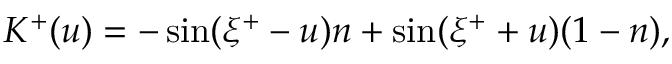
K ^ { + } ( u ) = - \sin ( \xi ^ { + } - u ) n + \sin ( \xi ^ { + } + u ) ( 1 - n ) ,